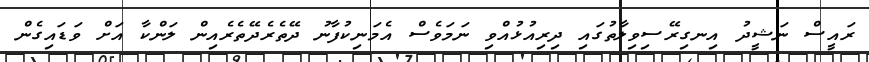
ރައީސް ނަޝީދު އިނގިރޭސިވިލާތުގައި ދިރިއުޅުއްވި ނަމަވެސް އެމަނިކުފާނު ދޭތެރެދޭތެރެއިން ލަންކާ އަށް ވަޑައިގެން